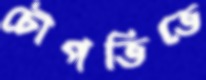
চৌপতিতে